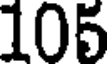
105